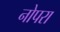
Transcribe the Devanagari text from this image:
नोपरा